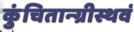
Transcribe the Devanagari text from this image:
कुंचितान्ग्रीस्थवं